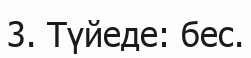
3. Түйеде: бес.